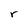
Character: r